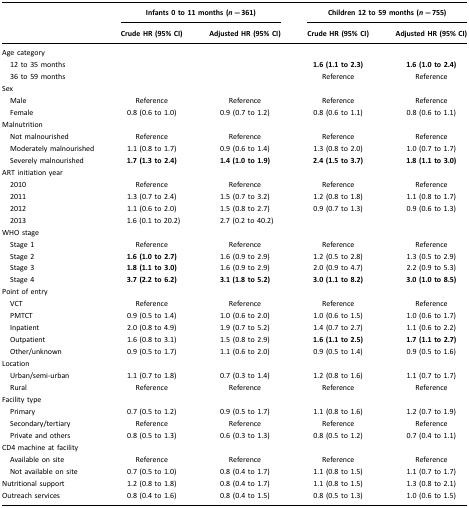
<table><thead><tr><td></td><td colspan="2"><b>Infants 0 to 11 months (<i>n</i>=361)</b></td><td colspan="2"><b>Children 12 to 59 months (<i>n</i>=755)</b></td></tr><tr><td></td><td><b>Crude HR (95% CI)</b></td><td><b>Adjusted HR (95% CI)</b></td><td><b>Crude HR (95% CI)</b></td><td><b>Adjusted HR (95% CI)</b></td></tr></thead><tbody><tr><td>Age category</td><td></td><td></td><td></td><td></td></tr><tr><td> 12 to 35 months</td><td></td><td></td><td><b>1.6 (1.1 to 2.3)</b></td><td><b>1.6 (1.0 to 2.4)</b></td></tr><tr><td> 36 to 59 months</td><td></td><td></td><td>Reference</td><td>Reference</td></tr><tr><td>Sex</td><td></td><td></td><td></td><td></td></tr><tr><td> Male</td><td>Reference</td><td>Reference</td><td>Reference</td><td>Reference</td></tr><tr><td> Female</td><td>0.8 (0.6 to 1.0)</td><td>0.9 (0.7 to 1.2)</td><td>0.8 (0.6 to 1.1)</td><td>0.8 (0.6 to 1.1)</td></tr><tr><td>Malnutrition</td><td></td><td></td><td></td><td></td></tr><tr><td> Not malnourished</td><td>Reference</td><td>Reference</td><td>Reference</td><td>Reference</td></tr><tr><td> Moderately malnourished</td><td>1.1 (0.8 to 1.7)</td><td>0.9 (0.6 to 1.4)</td><td>1.3 (0.8 to 2.0)</td><td>1.0 (0.7 to 1.7)</td></tr><tr><td> Severely malnourished</td><td><b>1.7 (1.3 to 2.4)</b></td><td><b>1.4 (1.0 to 1.9)</b></td><td><b>2.4 (1.5 to 3.7)</b></td><td><b>1.8 (1.1 to 3.0)</b></td></tr><tr><td>ART initiation year</td><td></td><td></td><td></td><td></td></tr><tr><td> 2010</td><td>Reference</td><td>Reference</td><td>Reference</td><td>Reference</td></tr><tr><td> 2011</td><td>1.3 (0.7 to 2.4)</td><td>1.5 (0.7 to 3.2)</td><td>1.2 (0.8 to 1.8)</td><td>1.1 (0.8 to 1.7)</td></tr><tr><td> 2012</td><td>1.1 (0.6 to 2.0)</td><td>1.5 (0.8 to 2.7)</td><td>0.9 (0.7 to 1.3)</td><td>0.9 (0.6 to 1.3)</td></tr><tr><td> 2013</td><td>1.6 (0.1 to 20.2)</td><td>2.7 (0.2 to 40.2)</td><td></td><td></td></tr><tr><td>WHO stage</td><td></td><td></td><td></td><td></td></tr><tr><td> Stage 1</td><td>Reference</td><td>Reference</td><td>Reference</td><td>Reference</td></tr><tr><td> Stage 2</td><td><b>1.6 (1.0 to 2.7)</b></td><td>1.6 (0.9 to 2.9)</td><td>1.2 (0.5 to 2.8)</td><td>1.3 (0.5 to 2.9)</td></tr><tr><td> Stage 3</td><td><b>1.8 (1.1 to 3.0)</b></td><td>1.6 (0.9 to 2.9)</td><td>2.0 (0.9 to 4.7)</td><td>2.2 (0.9 to 5.3)</td></tr><tr><td> Stage 4</td><td><b>3.7 (2.2 to 6.2)</b></td><td><b>3.1 (1.8 to 5.2)</b></td><td><b>3.0 (1.1 to 8.2)</b></td><td><b>3.0 (1.0 to 8.5)</b></td></tr><tr><td>Point of entry</td><td></td><td></td><td></td><td></td></tr><tr><td> VCT</td><td>Reference</td><td>Reference</td><td>Reference</td><td>Reference</td></tr><tr><td> PMTCT</td><td>0.9 (0.5 to 1.4)</td><td>1.0 (0.6 to 2.0)</td><td>1.0 (0.6 to 1.5)</td><td>1.0 (0.6 to 1.7)</td></tr><tr><td> Inpatient</td><td>2.0 (0.8 to 4.9)</td><td>1.9 (0.7 to 5.2)</td><td>1.4 (0.7 to 2.7)</td><td>1.1 (0.6 to 2.2)</td></tr><tr><td> Outpatient</td><td>1.6 (0.8 to 3.1)</td><td>1.5 (0.8 to 2.9)</td><td><b>1.6 (1.1 to 2.5)</b></td><td><b>1.7 (1.1 to 2.7)</b></td></tr><tr><td> Other/unknown</td><td>0.9 (0.5 to 1.7)</td><td>1.1 (0.6 to 2.0)</td><td>0.9 (0.5 to 1.4)</td><td>0.9 (0.5 to 1.6)</td></tr><tr><td>Location</td><td></td><td></td><td></td><td></td></tr><tr><td> Urban/semi-urban</td><td>1.1 (0.7 to 1.8)</td><td>0.7 (0.3 to 1.4)</td><td>1.2 (0.8 to 1.6)</td><td>1.1 (0.7 to 1.7)</td></tr><tr><td> Rural</td><td>Reference</td><td>Reference</td><td>Reference</td><td>Reference</td></tr><tr><td>Facility type</td><td></td><td></td><td></td><td></td></tr><tr><td> Primary</td><td>0.7 (0.5 to 1.2)</td><td>0.9 (0.5 to 1.7)</td><td>1.1 (0.8 to 1.6)</td><td>1.2 (0.7 to 1.9)</td></tr><tr><td> Secondary/tertiary</td><td>Reference</td><td>Reference</td><td>Reference</td><td>Reference</td></tr><tr><td> Private and others</td><td>0.8 (0.5 to 1.3)</td><td>0.6 (0.3 to 1.3)</td><td>0.8 (0.5 to 1.2)</td><td>0.7 (0.4 to 1.1)</td></tr><tr><td>CD4 machine at facility</td><td></td><td></td><td></td><td></td></tr><tr><td> Available on site</td><td>Reference</td><td>Reference</td><td>Reference</td><td>Reference</td></tr><tr><td> Not available on site</td><td>0.7 (0.5 to 1.0)</td><td>0.8 (0.4 to 1.7)</td><td>1.1 (0.8 to 1.5)</td><td>1.1 (0.7 to 1.7)</td></tr><tr><td>Nutritional support</td><td>1.2 (0.8 to 1.8)</td><td>0.8 (0.4 to 1.7)</td><td>1.1 (0.8 to 1.5)</td><td>1.3 (0.8 to 2.1)</td></tr><tr><td>Outreach services</td><td>0.8 (0.4 to 1.6)</td><td>0.8 (0.4 to 1.5)</td><td>0.8 (0.5 to 1.3)</td><td>1.0 (0.6 to 1.5)</td></tr></tbody></table>